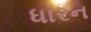
ધારન